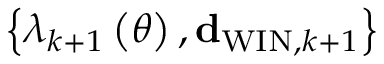
\left\{ \lambda _ { k + 1 } \left( \theta \right) , { \bf d } _ { \mathrm { W I N } , k + 1 } \right\}